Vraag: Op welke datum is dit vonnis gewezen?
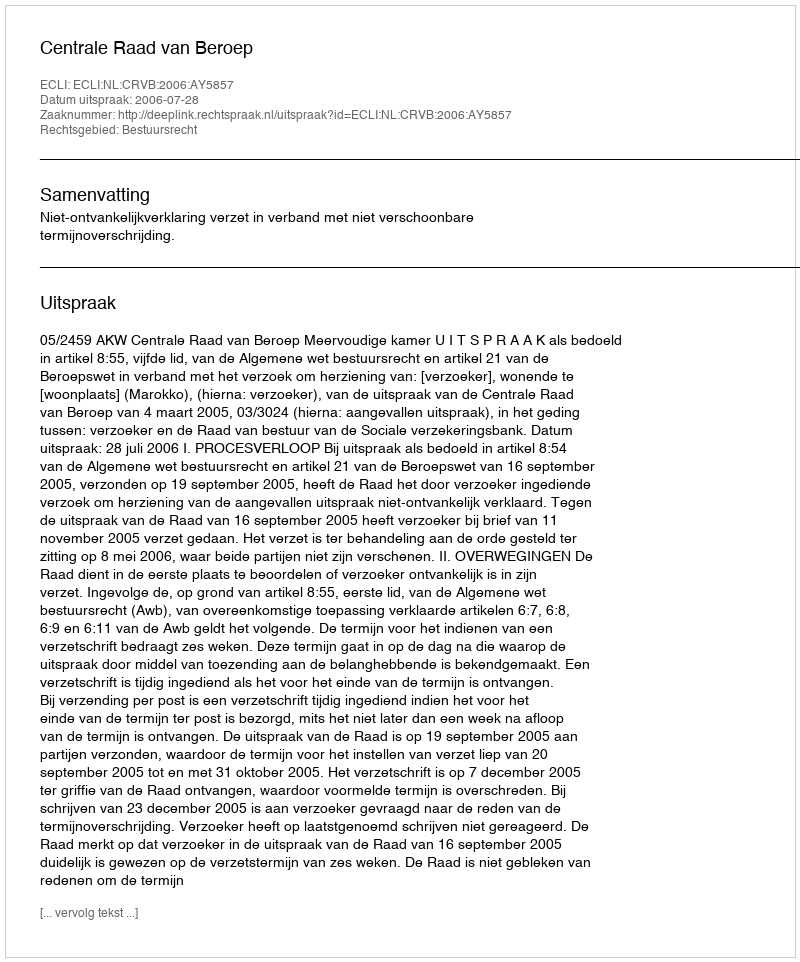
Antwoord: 2006-07-28